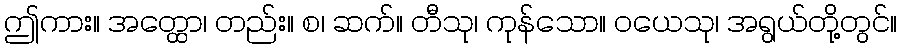
ဤကား။ အတ္ထော၊ တည်း။ စ၊ ဆက်။ တီသု၊ ကုန်သော။ ဝယေသု၊ အရွယ်တို့တွင်။